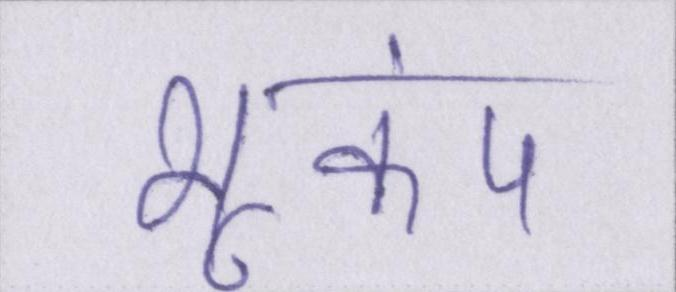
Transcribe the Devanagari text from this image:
भूकंप